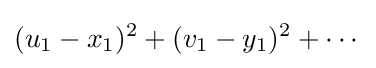
(u_{1}-x_{1})^{2}+(v_{1}-y_{1})^{2}+\cdots